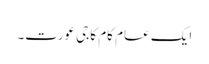
ایک عام کام کاجی عورت۔